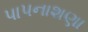
પાપનાશણા